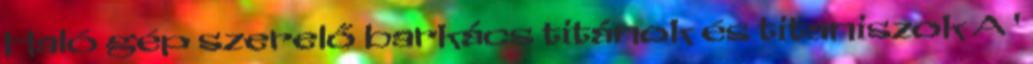
Haló gép szerelő barkács titánok és titaniszok A '